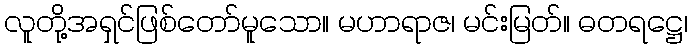
လူတို့အရှင်ဖြစ်တော်မူသော။ မဟာရာဇ၊ မင်းမြတ်။ ဓတရဋ္ဌေ၊